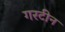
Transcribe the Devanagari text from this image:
गरटीन